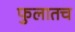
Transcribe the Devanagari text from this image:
फुलातच